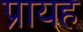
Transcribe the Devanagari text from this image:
प्रायह